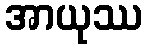
အာယုဿ